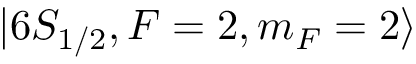
\lvert 6 S _ { 1 / 2 } , F = 2 , m _ { F } = 2 \rangle